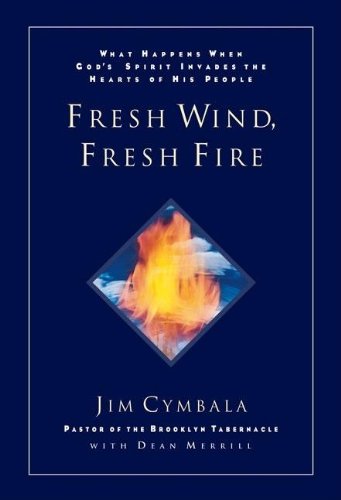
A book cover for Fresh Wind, Fresh Fire; Jim Cymbala; Christian Books & Bibles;